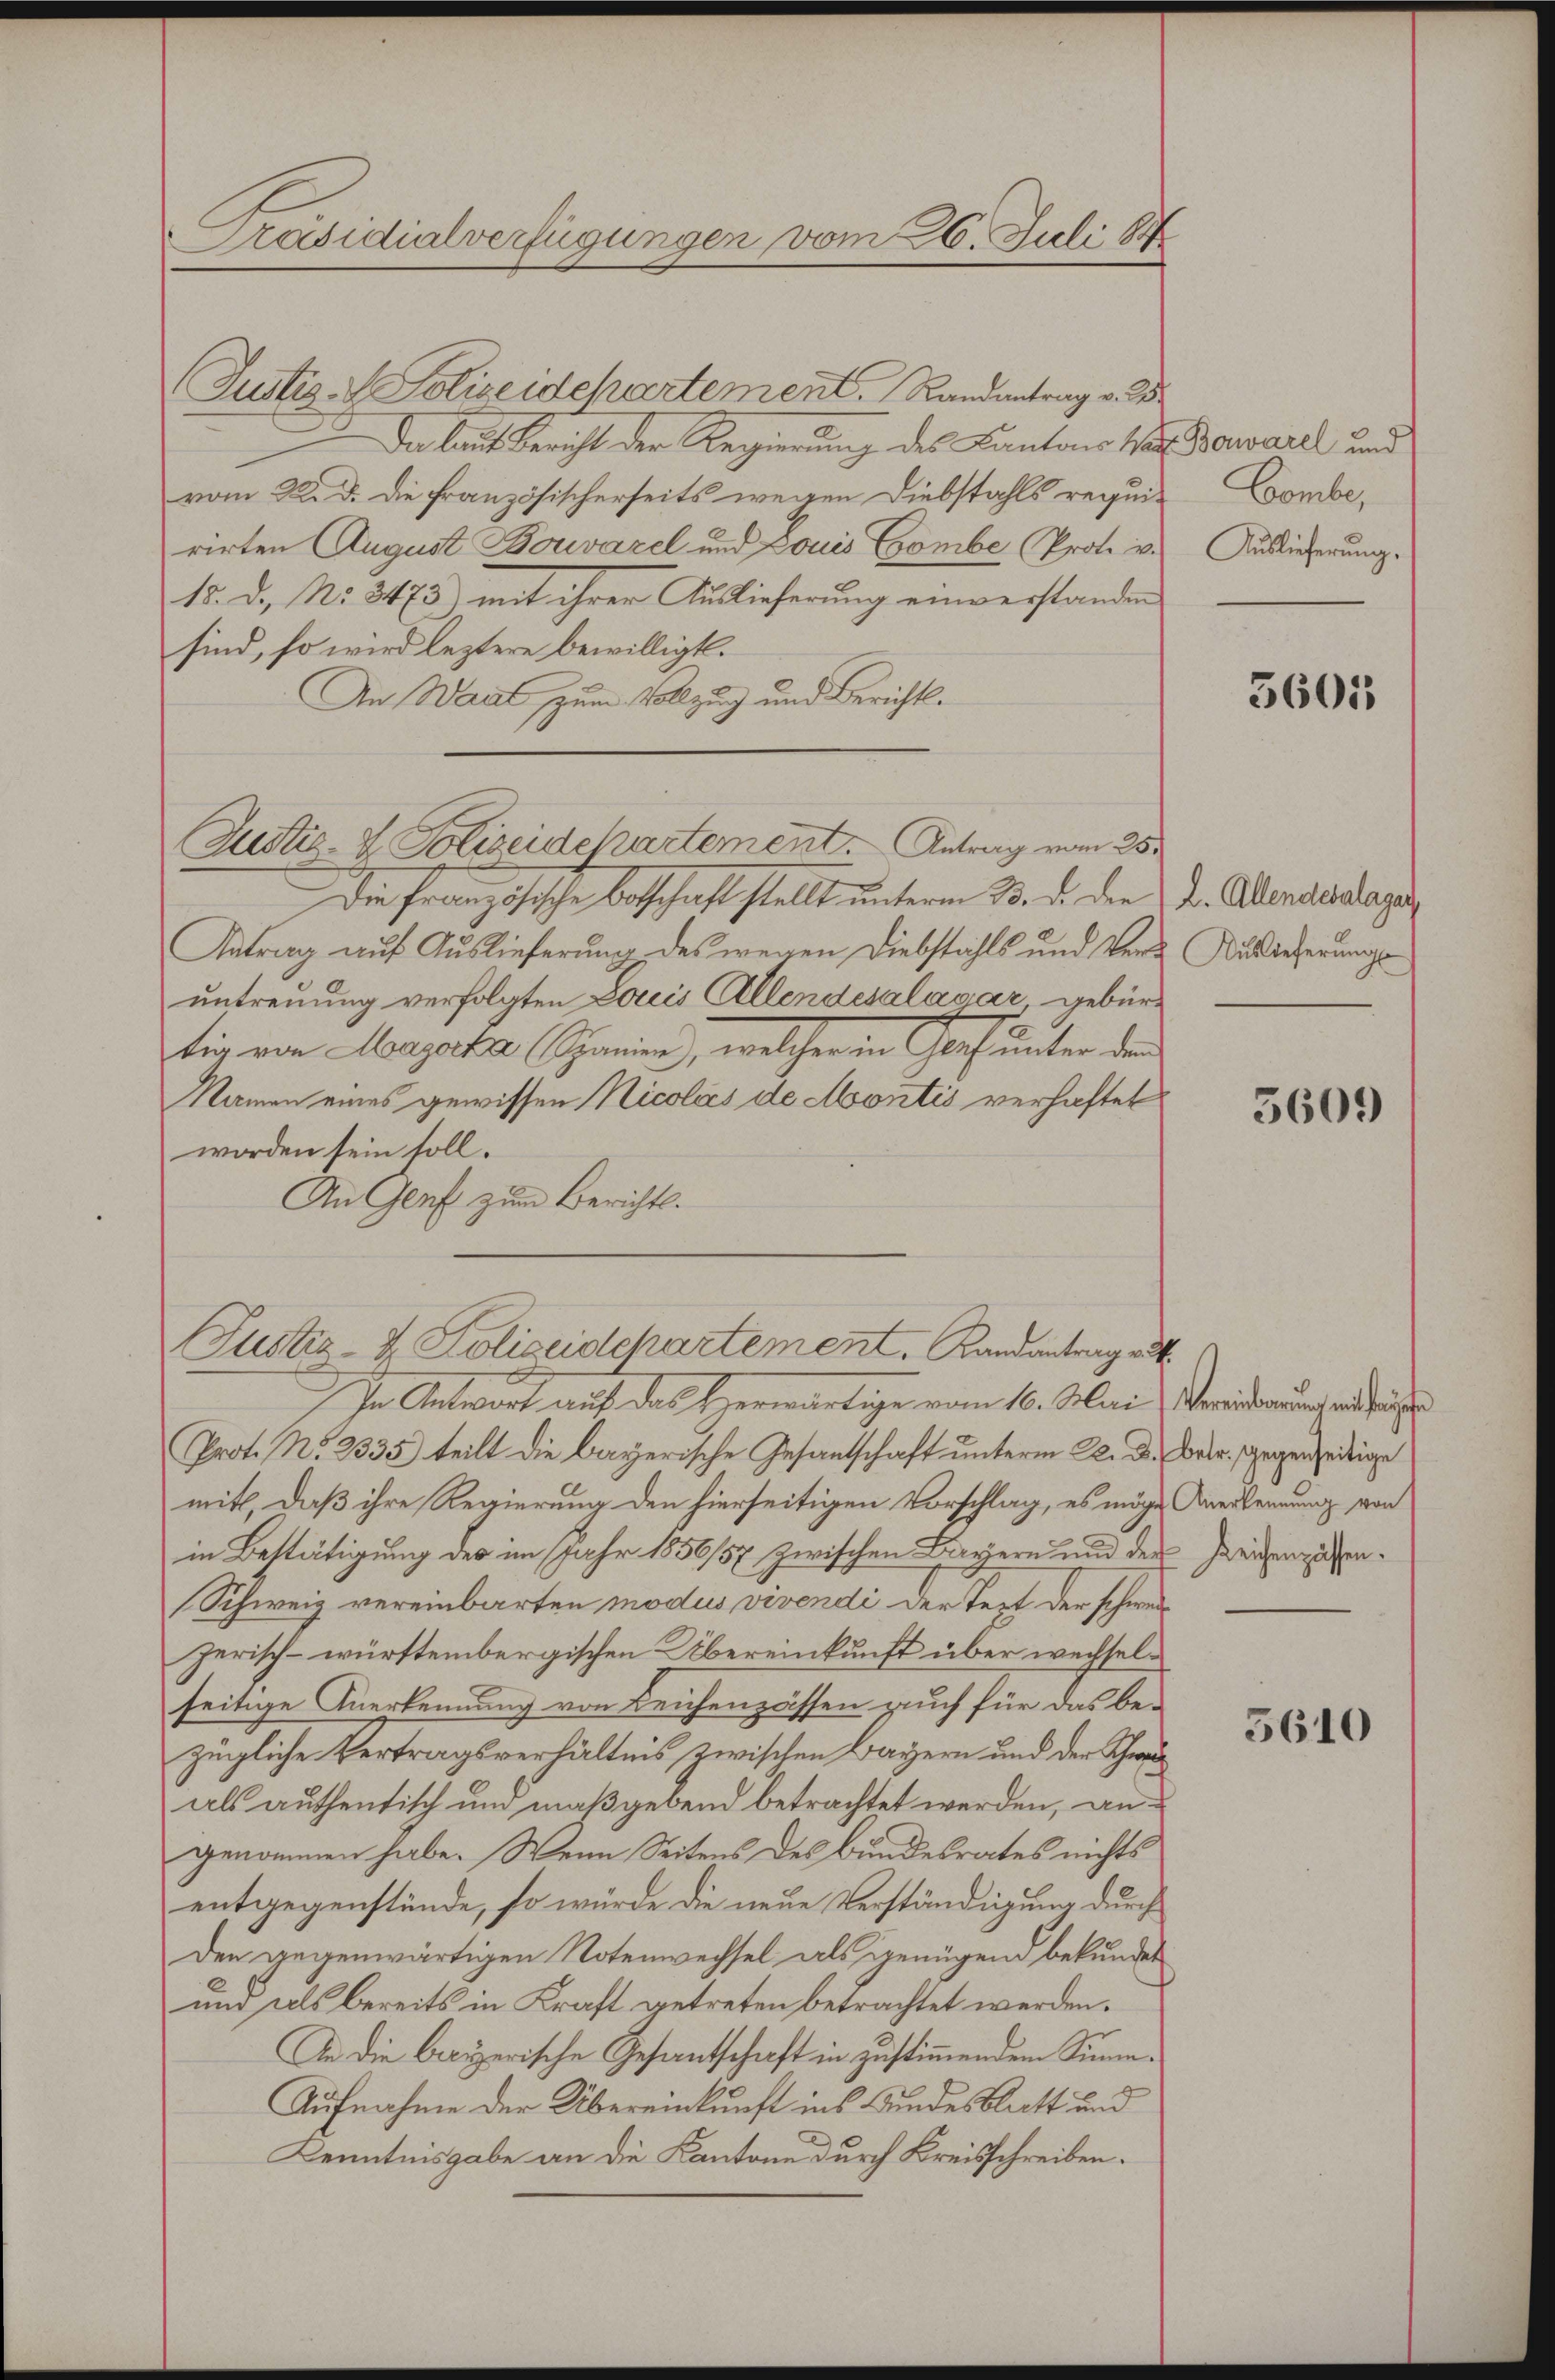
Präsidialverfügungen vom 26. Juli 18

Justiz-Polizeidchartement. Randantrag v. 25
Da laut Bericht der Regierung des Kantons von Bauarel und
vom 22. d. die französischerseits wegen Diebstahls requirirten August Bouvazel und Louis Grombe, Prote v.
15. D., No 3473) mit ihrer Auslieferung einverstanden
sind, so wird leztere bewilligt.
An Waadt zum Vollzug und Berichts¬
Die Französische Beschaft stellt unterm 3. d. der
Antrag auf Auslieferung des wegen Diebstahls und Veruntreuung verfolgten Louis Allendesalamar, gebürtig von Morgerte Spanien, welcher in Gensunter den
Namen eines gewissen Nicolas de Montis verhaftet
worden sein soll.
An Genf zum Berichts.
Justiz- & Polizeidepartement. Randantrag ei
In Antwort auf das Herwärtige vom 16. Mai, Vereinbarung mithi
Prot. No. 2335) teilt die bayerische Gesantschaft unterm 22. d. Betr. Gegenseitige
mit, daß ihre Regierung den hierseitigen Vorschlag, es möge Anerkennung von
in Bestätigung des im Jahr 1856/57 zwischen Bayern und der Zeitenzusen¬
(Schweiz vereinbarten modus vivendi der Text der schweizerisch - württembergischen Übereinkunft über wechselseitige Anerkennung von Leichenzässen auch für das bezügliche Vertragsverhältnis zwischen Bayern und der Schwei
als authentisch und maßgebend betrachtet werden, an
genommen habe. Wenn Seitens des Bundesrates nichts
entgegenstünde, so würde die neue Verständigung durch
Den gegenwärtigen Notenwechsel als genügend bekundet
und als bereits in Kraft getreten betrachtet werden.
An die breizerische Gesantschaft in zustimmendem Sinne¬
Aufnahme der Übereinkunft ins Bundesblatt und
Kenntnisgabe an die Kantone durch Kreisschreiben.

Justiz- & Polizeidepartement. Antrag vom 25.

Gombe,
Auslieferung.

3601

L. Allendesalagan
Auslieferungs

3609

5610